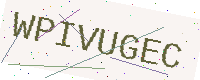
Text: WPIVUGEC